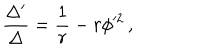
LaTeX: \frac { \Delta ^ { \prime } } { \Delta } = \frac { 1 } { r } - r \phi ^ { 2 } \, ,